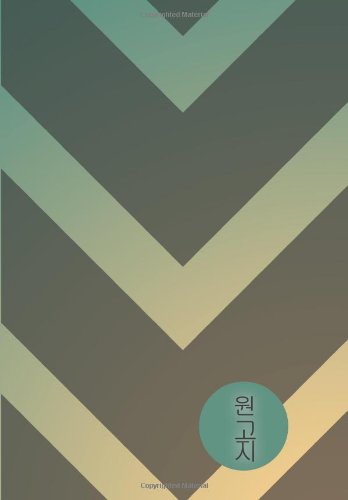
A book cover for Teal & Truth Wongoji Notebook: Hangeul Blank Practice Book (Chevron Wongoji Notebooks by Whit&Ware); Victoria Faye Alday; Reference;